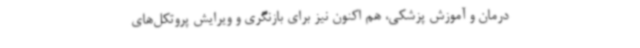
درمان و آموزش پزشکی، هم اکنون نیز برای بازنگری و ویرایش پروتکل‌های